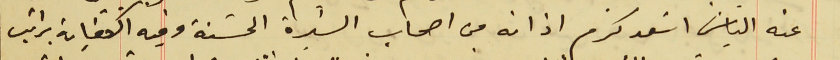
عنه الياسَ اسَعد كرم اذ انه من اصحاب السَيرة الحسَنة وفيه الكفاية براتب